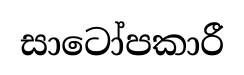
සාටෝපකාරී